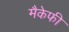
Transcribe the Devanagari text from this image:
मैकेफी